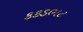
કકડભટ